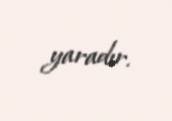
yaradır.